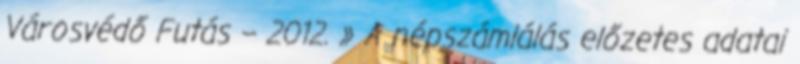
Városvédő Futás – 2012. » A népszámlálás előzetes adatai